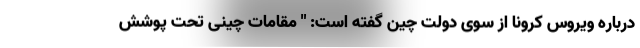
درباره ویروس کرونا از سوی دولت چین گفته است: " مقامات چینی تحت پوشش